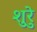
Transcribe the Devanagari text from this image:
शुरेु